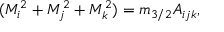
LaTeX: ( M _ { i } ^ { 2 } + M _ { j } ^ { 2 } + M _ { k } ^ { 2 } ) = m _ { 3 / 2 } A _ { i j k } ,